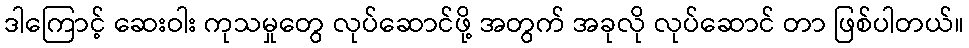
ဒါကြောင့် ဆေးဝါး ကုသမှုတွေ လုပ်ဆောင်ဖို့ အတွက် အခုလို လုပ်ဆောင် တာ ဖြစ်ပါတယ်။